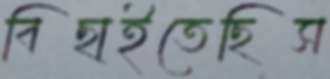
বিছাইতেছিস